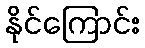
နိုင်ကြောင်း